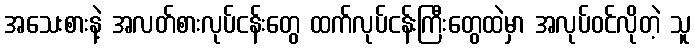
အသေးစားနဲ့ အလတ်စားလုပ်ငန်းတွေ ထက်လုပ်ငန်းကြီးတွေထဲမှာ အလုပ်ဝင်လိုတဲ့ သူ